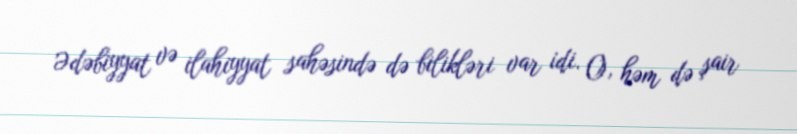
Ədəbiyyat və ilahiyyat sahəsində də bilikləri var idi. O, həm də şair